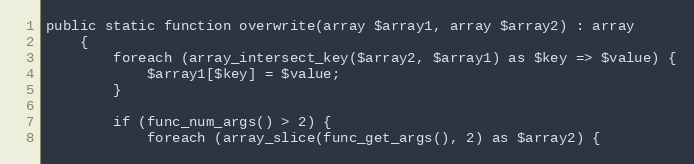
Language: PHP
public static function overwrite(array $array1, array $array2) : array
    {
        foreach (array_intersect_key($array2, $array1) as $key => $value) {
            $array1[$key] = $value;
        }

        if (func_num_args() > 2) {
            foreach (array_slice(func_get_args(), 2) as $array2) {